Lunatic asylums Punjab 1911-1921 - 1911-1921
Year: 1911
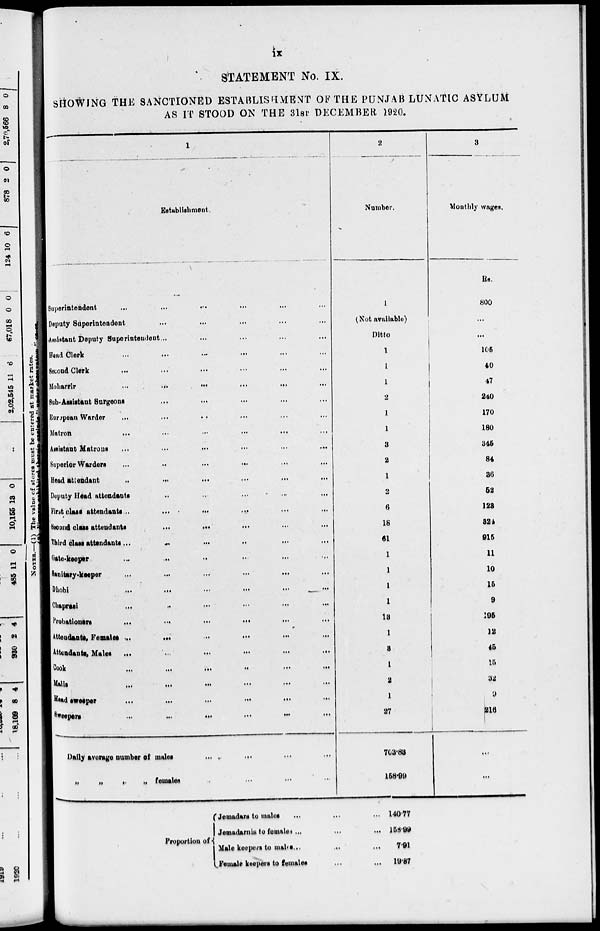
ix
STATEMENT No. IX.
SHOWING THE SANCTIONED ESTABLISHMENT OF THE PUNJAB LUNATIC ASYLUM
AS IT STOOD ON THE 3lST DECEMBER 1920.
1
Establishment.
Superintendent
...
...
...
...
...
Deputy Superintendent ... ... ... ...
Assistant Deputy Superintendent
...
...
...
Head
Clerk
...
...
...
...
...
Second Clerk
...
...
...
...
...
Moharrir
...
...
...
...
...
Sub-Assistant Surgeons ... ... ... ...
European Warder ... ... ... ... ...
Matron
...
...
...
...
...
Assistant
Matrons
...
...
...
...
...
Superior Warders
...
...
...
...
...
Head
attendant
...
...
...
...
...
Deputy Head attendants ... ... ... ...
First class attendants ... ... ... ...
Second class attendants ... ... ... ...
Third class attendants ... ... ... ...
Gate-keeper
...
...
...
...
...
Sanitary-Keeper ... ... ... ... ...
Dhobi
...
...
...
...
...
Chaprasi
...
...
...
...
...
Probationers
...
...
...
...
...
Attendants Females ... ... ... ...
Attendants Males
...
...
...
...
...
Cook
...
...
...
...
...
Malis ... ... ... ... ...
Head sweeper ... ... ... ... ...
Sweeper ... ... ... ... ...
Daily average number of males ... ... ...
„ „ „ „ females ... ... ...
2
Number.
1
(Not available)
Ditto
1
1
1
2
1
1
3
2
1
2
6
18
61
1
1
1
1
13
1
3
1
2
1
27
703.88
158.99
3
Monthly wages.
Rs.
800
...
...
105
40
47
240
170
180
345
84
86
52
128
324
916
11
10
15
9
195
12
45
15
32
9
316
...
...
Proportion of
Jemadars to males
...
...
...
Jemadarnis to
females...
...
...
Male keepers to males... ... ...
Female keepers to females ... ...
140.77
158.99
7.91
19.87